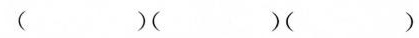
()()()